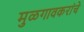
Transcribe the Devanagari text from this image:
मुळगावकरांचे